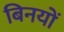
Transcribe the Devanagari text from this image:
बिनयों